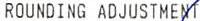
ROUNDING ADJUSTMENT